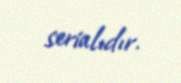
serialıdır.